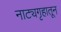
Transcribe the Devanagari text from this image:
नाट्यगृहातून